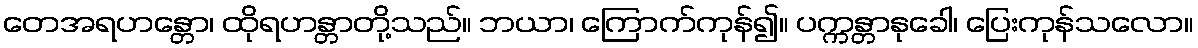
တေအရဟန္တော၊ ထိုရဟန္တာတို့သည်။ ဘယာ၊ ကြောက်ကုန်၍။ ပက္ကန္တာနုခေါ၊ ပြေးကုန်သလော။